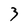
Character: 3